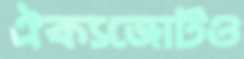
ঐক্যজোটও